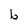
Character: b